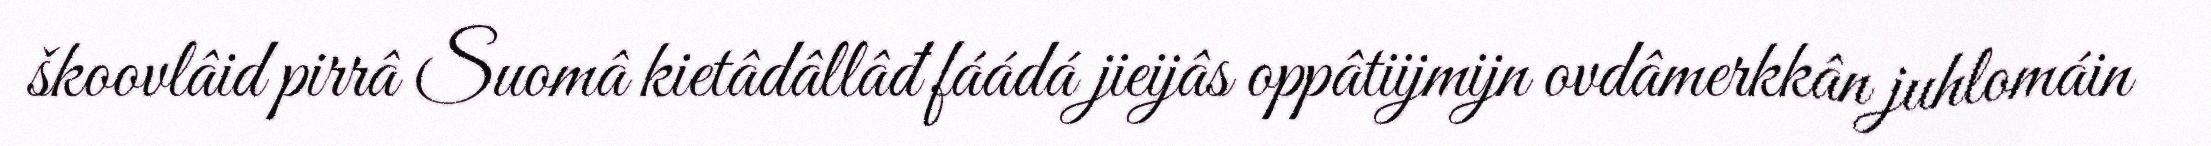
škoovlâid pirrâ Suomâ kietâdâllâđ fáádá jieijâs oppâtiijmijn ovdâmerkkân juhlomáin